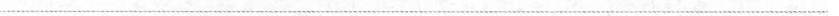
___